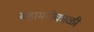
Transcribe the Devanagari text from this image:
बहामनीकाळी